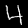
Digit: 4